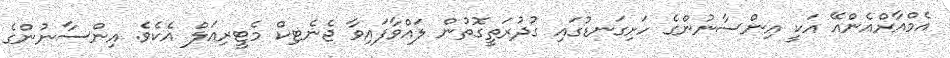
އެމްއާރްއެންއޭ އަކީ އިންސާނުންގެ ހަށިގަނޑުގައި ގުދުރަތީގޮތުން ލައްވާފައިވާ ޖެނެޓިކް މެޓީރިއަލް އެކެވެ. އިންސާނުންގެ